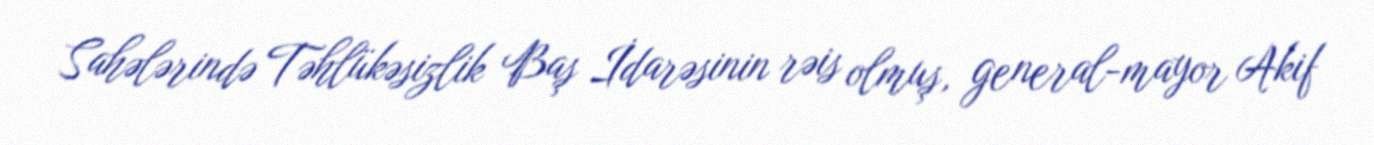
Sahələrində Təhlükəsizlik Baş İdarəsinin rəis olmuş, general-mayor Akif